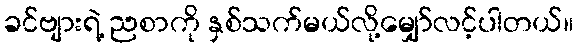
ခင်ဗျားရဲ့ ညစာကို နှစ်သက်မယ်လို့မျှော်လင့်ပါတယ်။